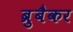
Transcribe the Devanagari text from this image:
ब्रुबैकर